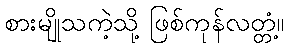
စားမျိုသကဲ့သို့ ဖြစ်ကုန်လတ္တံ့။